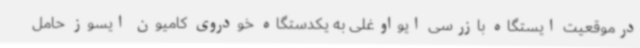
درموقعیت ایستگاه بازرسی ایواوغلی به یکدستگاه خودروی کامیون ایسوز حامل